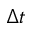
{ \Delta } t